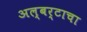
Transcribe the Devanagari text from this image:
अल्बर्टाचा